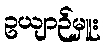
ဥယျာဉ်မှူး